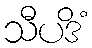
သီပဒိံ